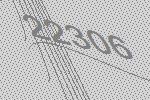
22306